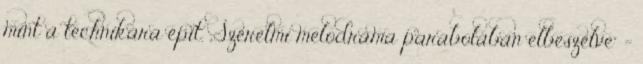
mint a technikára épít. „Szerelmi melodráma parabolában elbeszélve” –